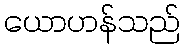
ယောဟန်သည်